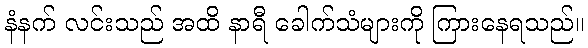
နံနက် လင်းသည် အထိ နာရီ ခေါက်သံများကို ကြားနေရသည်။